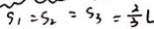
S _ { 1 } = S _ { 2 } = S _ { 3 } = \frac { 2 } { 3 } L